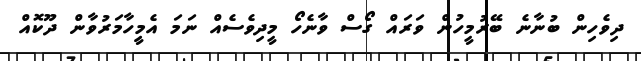
ދިވެހިން ބުނާނެ ބޭރުމީހުން ވަރައް ގޯސް ވާނެހޯ މީދިވެސެއް ނަމަ އެމިީހާމަރުވާން ދޫކޮއް